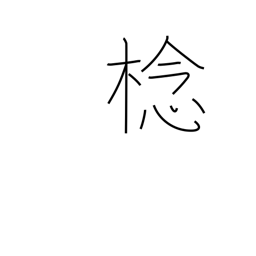
Meaning: type of fruit tree